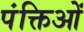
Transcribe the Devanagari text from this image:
पंक्तिओं